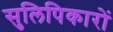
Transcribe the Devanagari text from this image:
सुलिपिकारों